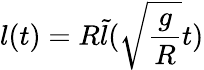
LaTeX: l(t)=R\tilde{l}(\sqrt{\frac{g}{R}}t)